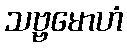
သဗ္ဗမောဟံ